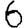
Digit: 6